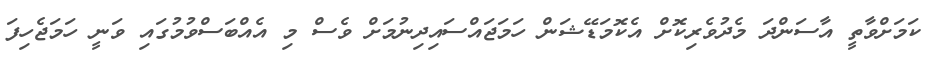
ކަމަށްވާތީ އާސަންދަ މެދުވެރިކޮށް އެކޮމަޑޭޝަން ހަމަޖައްސައިދިނުމަށް ވެސް މި އެއްބަސްވުމުގައި ވަނީ ހަމަޖެހިފަ